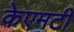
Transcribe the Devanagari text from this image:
केएमटी